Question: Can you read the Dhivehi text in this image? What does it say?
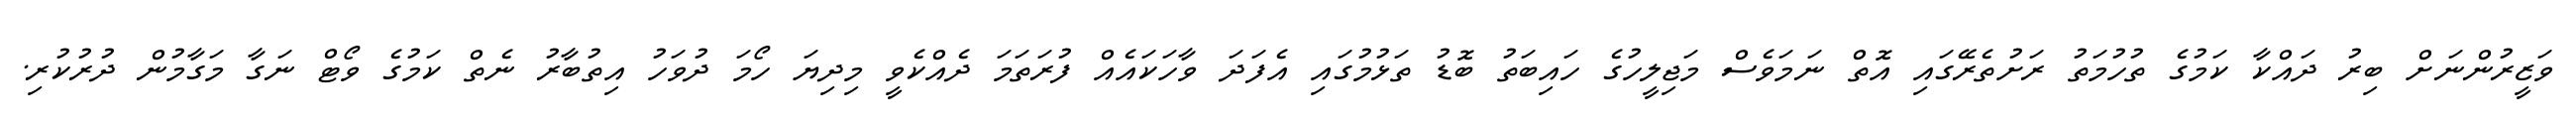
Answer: ވަޒީރުންނަށް ބިރު ދައްކާ ކަމުގެ ތުހުމަތު ރަށުތެރޭގައި އޮތް ނަމަވެސް މަޖިލީހުގެ ހައިބަތު ބޮޑު ތަޅުމުގައި އެފަދަ ވާހަކައެއް ފުރަތަމަ ދެއްކެވީ މިދިޔަ ހޯމަ ދުވަހު އިތުބާރު ނެތް ކަމުގެ ވޯޓް ނަގާ މަގާމުން ދުރުކުރި.